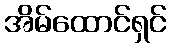
အိမ်ထောင်ရှင်